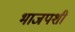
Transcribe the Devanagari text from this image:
भाजपशी